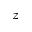
\boldsymbol { z }